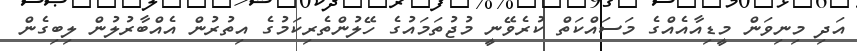
އަދި މިނިވަން މީޑިއާއެއްގެ މަސައްކަތް ކުރެވޭނީ މުޖުތަމައުގެ ހޭލުންތެރިކަމުގެ އިތުރުން އެއްބާރުލުން ލިބިގެން